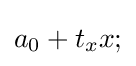
a_{0}+t_{x}x;